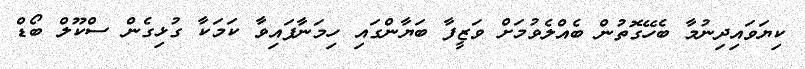
ކިޔަވައިދިނުމާ ބެހޭގޮތުން ބެއްލެވުމަށް ވަޒީފާ ބަޔާންގައި ހިމަނާފައިވާ ކަމަކާ ގުޅިގެން ސްކޫލް ބޯޑް